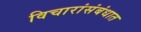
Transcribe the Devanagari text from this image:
विचारांसंबंधात